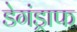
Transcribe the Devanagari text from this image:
डेगंड्राफ